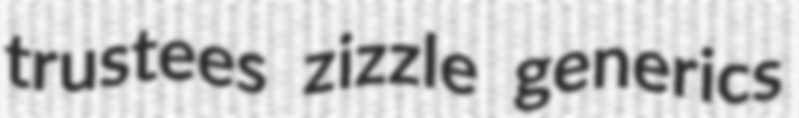
trustees zizzle generics